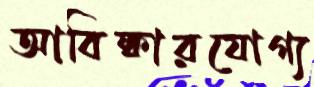
আবিষ্কারযোগ্য